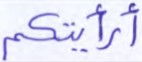
أرأيتكم